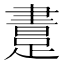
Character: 𨃲